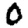
Digit: 0